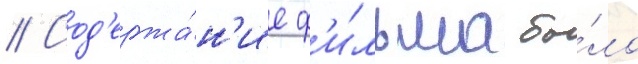
// Сод'ержа́н'ие ф'и́льма бы́ло